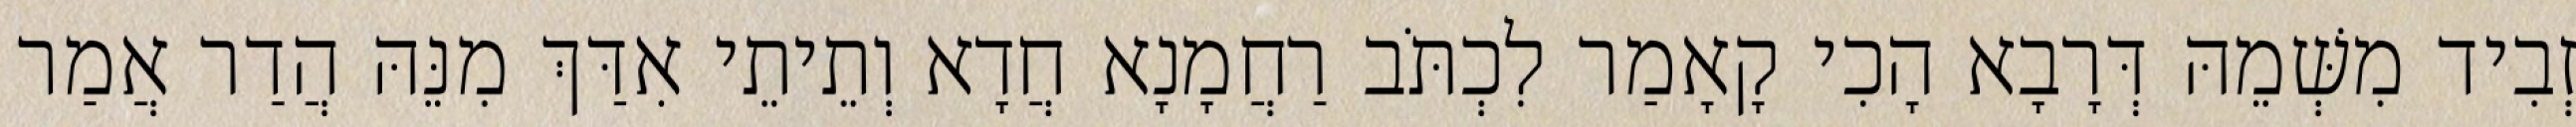
זְבִיד מִשְּׁמֵהּ דְּרָבָא הָכִי קָאָמַר לִכְתֹּב רַחֲמָנָא חֲדָא וְתֵיתֵי אִדַּךְ מִנֵּהּ הֲדַר אֲמַר